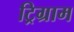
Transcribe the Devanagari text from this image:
ट्रिग्राम